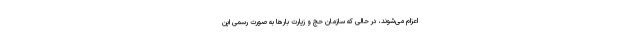
اعزام می‌شوند، در حالی که سازمان حج و زیارت بارها به صورت رسمی این